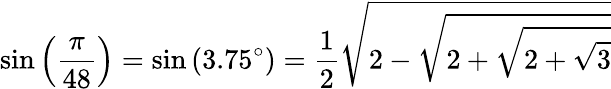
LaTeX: \sin\left({\frac{\pi}{48}}\right)=\sin\left(3.75^{\circ}\right)={\frac{1}{2}}{\sqrt{2-{\sqrt{2+{\sqrt{2+{\sqrt{3}}}}}}}}